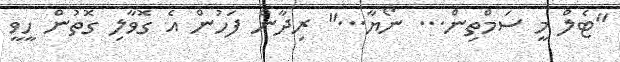
"ޓެލް މީ ސަމްތިން... ނޯޔާ..." ރިދާން ފަހުން އެ ގޮވާލި ގޮތުން ހީވީ